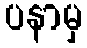
ပနာမှ